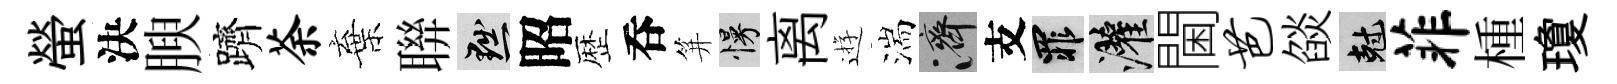
螢決腴躋荼棄聨黜昭歴呑笄慢离逰湍濟支罪灌閫芭燄剋菲㮔瓊